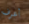
أعرف